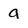
Character: a